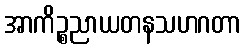
အာကိဉ္စညာယတနသဟဂတာ